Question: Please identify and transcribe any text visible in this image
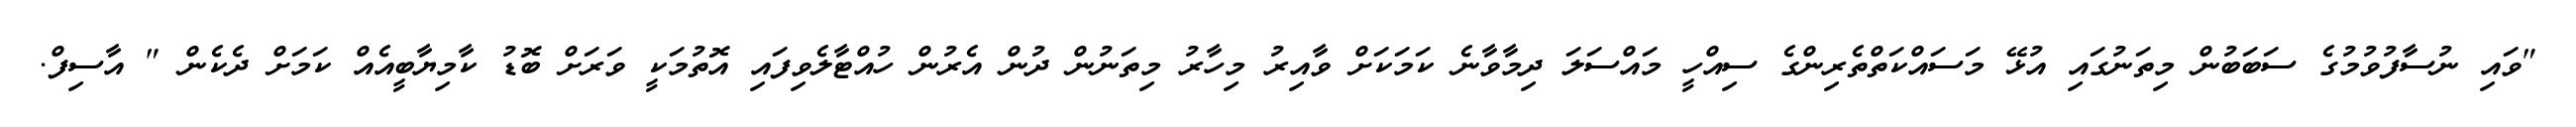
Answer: "ވައި ނުސާފުވުމުގެ ސަބަބުން މިތަނުގައި އުޅޭ މަސައްކަތްތެރިންގެ ސިއްހީ މައްސަލަ ދިމާވާނެ ކަމަކަށް ވާއިރު މިހާރު މިތަނުން ދުން އެރުން ހުއްޓާލެވިފައި އޮތުމަކީ ވަރަށް ބޮޑު ކާމިޔާބީއެއް ކަމަށް ދެކެން " އާސިފް.